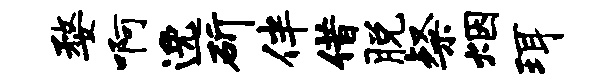
婺啊逸斫伴借脱粲烟珥